Civil Veterinary Dept. Bombay admin report 1900-1906 - 1900-1906
Year: 1900
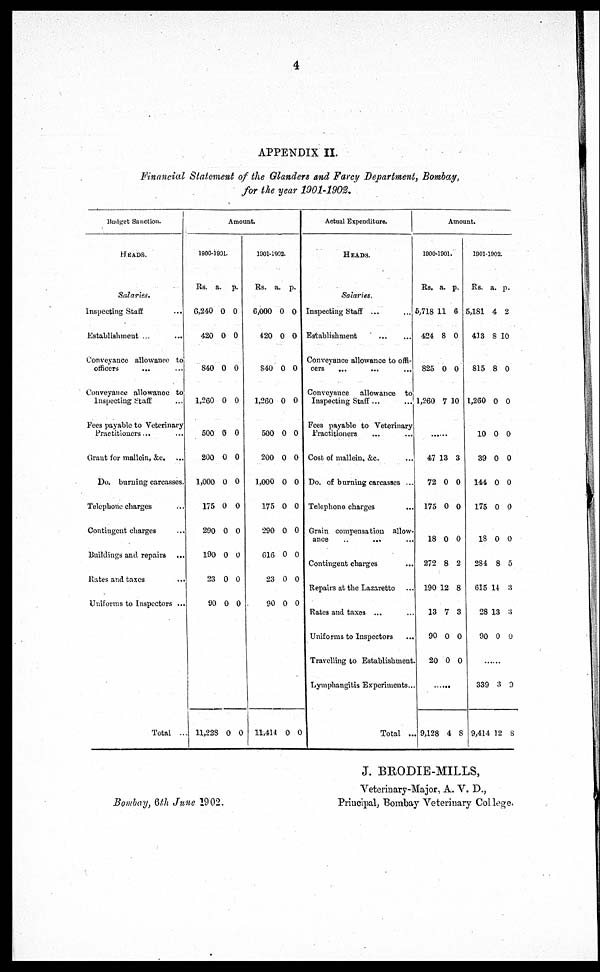
4
APPENDIX II.
Financial Statement of the Glanders and Farcy Department, Bombay,
for the year 1901-1902.
Budget Sanction.
HEADS.
Salaries.
Inspecting Staff ...
Establishment ...
...
Conveyance allowance to
officers ... ...
Conveyance allowance to
Inspecting Staff ...
Fees payable to Veterinary
Practitioners... ...
Grant for mallein, &c. ...
Do. burning carcasses.
Telephone charges ...
Contingent charges ...
Buildings and repairs ...
Rates and taxes ...
Uniforms to Inspectors ...
Total ...
Amount.
1900-1901.
Rs. a. p.
6,240
420
840
1,260
500
200
1,000
175
200
190
23
90
11,228
0
0
0
0
0
0
0
0
0
0
0
0
0
0
0
0
0
0
0
0
0
0
0
0
0
0
1901-1902.
Rs. a. p.
6,000
420
840
1,260
500
200
1,000
175
290
616
23
90
11,414
0
0
0
0
0
0
0
0
0
0
0
0
0
0
0
0
0
0
0
0
0
0
0
0
0
0
Actual Expenditure.
HEADS.
Salaries.
Inspecting Staff ... ...
Establishment
...
...
Conveyance allowance to offi-
cers
...
...
Conveyance allowance to
Inspecting Staff... ...
Fees payable to Veterinary
Practitioners ... ...
Cost of mallein, &c. ...
Do. of burning carcasses ...
Telephone charges
Grain compensation allow-
ance
..
... ...
Contingent charges ...
Repairs at the Lazaretto ...
Rates and taxes ... ...
Uniforms to Inspectors ...
Travelling to Establishment
Lymphangitis Experiments...
Total ...
Amount.
1900-1901.
Rs. a. p.
5,718
424
825
1,260
11
8
0
7
6
0
0
10
......
47
72
175
18
272
190
13
90
20
13
0
0
0
8
12
7
0
0
3
0
0
0
2
8
3
0
0
......
9,128 4 8
1901-1902.
Rs. a. p.
5,181
413
815
1,260
10
39
144
175
18
284
615
28
90
4
8
8
0
0
0
0
0
0
8
14
13
0
2
10
0
0
0
0
0
0
0
5
3
3
0
339
9,414
3
12
0
8
J. BRODIE-MILLS,
Veterinary-Major, A. V. D.,
Principal, Bombay Veterinary Col lege.
Bombay, 6th June 1902.